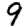
Digit: 9